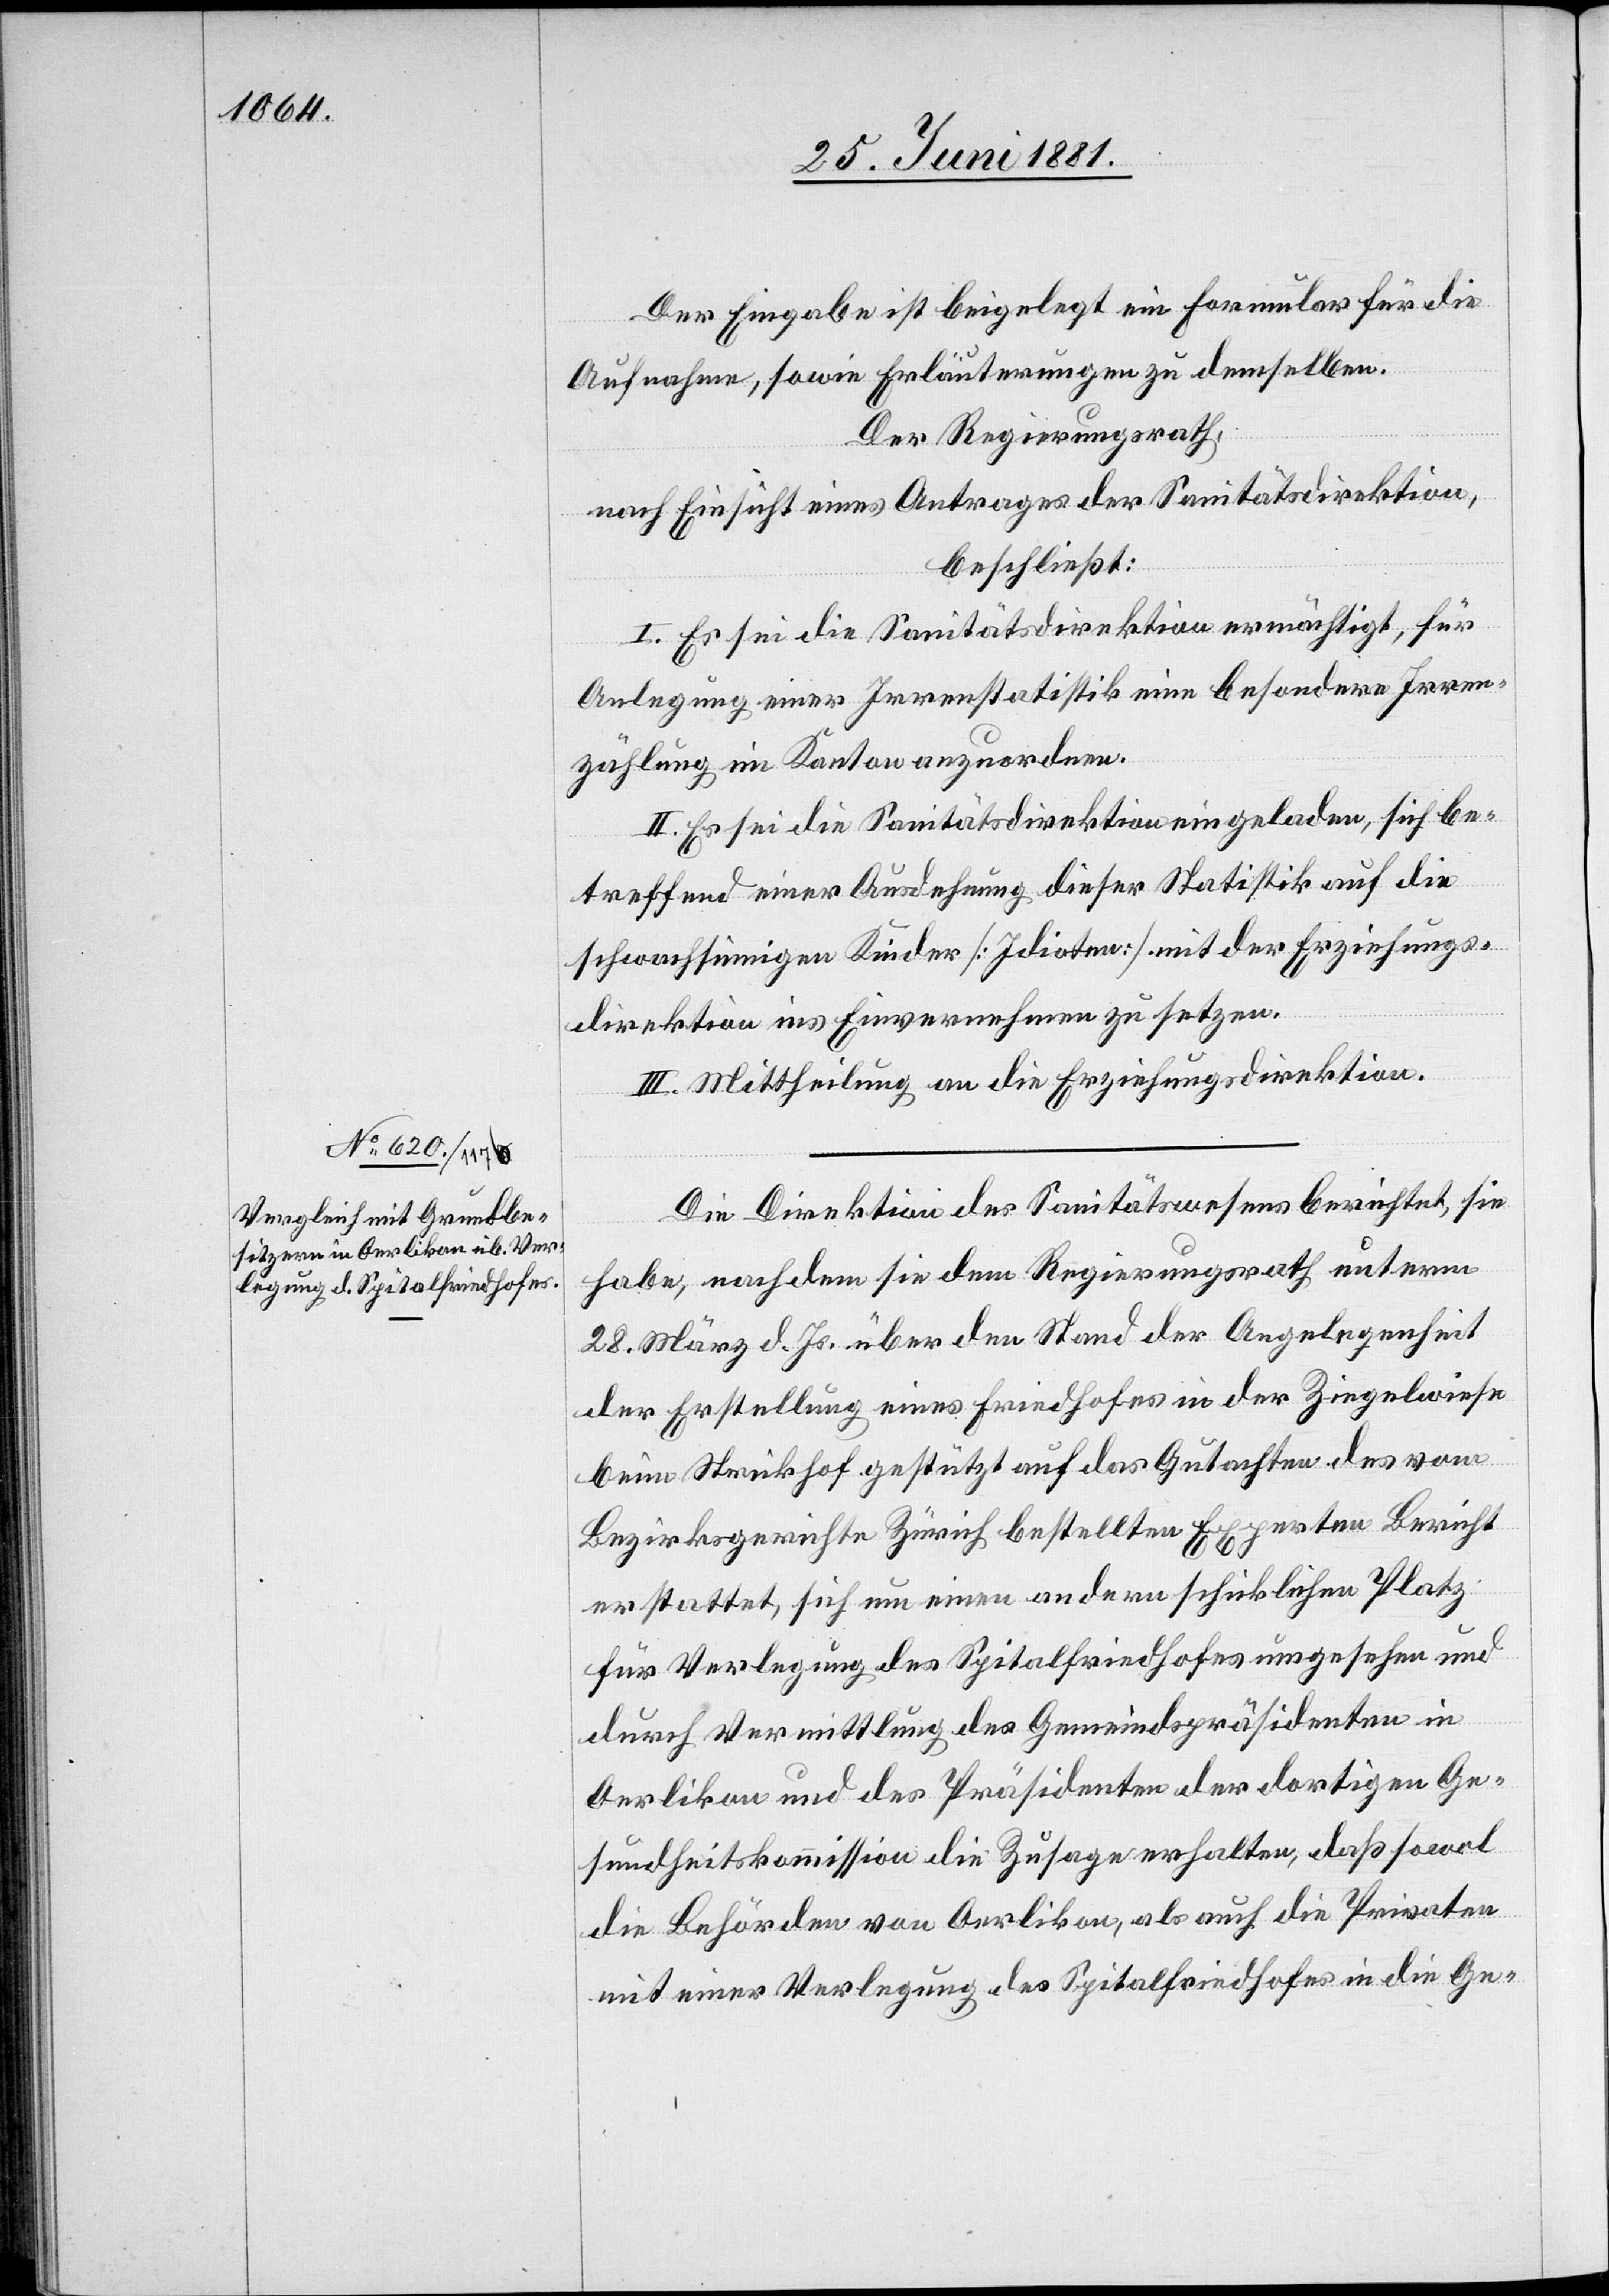
direktion mit der Erziehun¬

Der Eingabe ist beigelegt ein Formular für die
Aufnahme, sowie Erläuterungen zu demselben.
Der Regierungsrath,
nach Einsicht eines Antrages der Sanitätsdirektion,
beschließt:
I. Es sei die Sanitätsdirektion ermächtigt, für
Anlegung einer Irrenstatistik eine besondere Irren¬
zählung im Kanton anzuordnen.
II. Es sei die Sanitätsdirektion eingeladen, sich be¬
treffend einer Ausdehnung dieser Statistik auf die
schwachsinnigen Kinder [Idioten] mit der Erziehungs¬
gsdirektion in Einvernehmen zu setzen.
III. Mittheilung an die Erziehungsdirektion.
Die Direktion des Sanitätswesens berichtet, sie
habe, nachdem sie dem Regierungsrath, unterm
28. März d. Js. über den Stand der Angelegenheit
der Erstellung eines Friedhofes in der Ziegelwiese
beim Strickhof gestützt auf das Gutachten des vom
Bezirksgerichte Zürich bestellten Experten Bericht
erstattet, sich um einen andern schicklichen Platz
für Verlegung des Spitalfriedhofes umgesehen und
durch Vermittlung des Gemeindspräsidenten in
Oerlikon und des Präsidenten der dortigen Ge¬
sundheitskommission die Zusage erhalten, daß sowol
die Behörden von Oerlikon, als auch die Privaten
mit einer Verlegung des Spitalfriedhofes in die Ge-